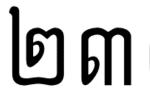
២៣